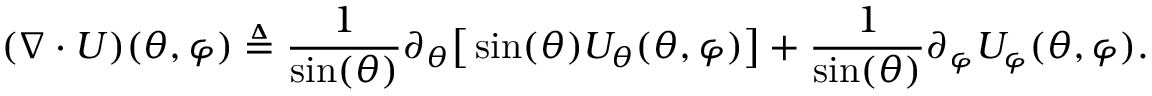
( \nabla \cdot U ) ( \theta , \varphi ) \triangleq \frac { 1 } { \sin ( \theta ) } \partial _ { \theta } \big [ \sin ( \theta ) U _ { \theta } ( \theta , \varphi ) \big ] + \frac { 1 } { \sin ( \theta ) } \partial _ { \varphi } U _ { \varphi } ( \theta , \varphi ) .